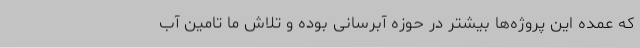
که عمده این پروژه‌ها بیشتر در حوزه آبرسانی بوده و تلاش ما تامین آب